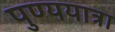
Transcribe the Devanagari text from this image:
पुण्ययात्रा